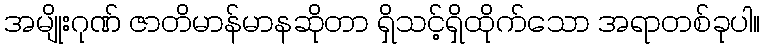
အမျိုးဂုဏ် ဇာတိမာန်မာနဆိုတာ ရှိသင့်ရှိထိုက်သော အရာတစ်ခုပါ။